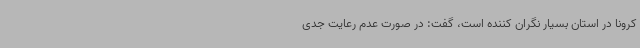
کرونا در استان بسیار نگران کننده است، گفت: در صورت عدم رعایت جدی